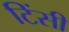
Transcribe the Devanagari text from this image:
टिंसी